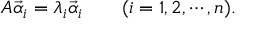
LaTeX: A { \vec { \alpha } } _ { i } = \lambda _ { i } { \vec { \alpha } } _ { i } \qquad ( i = 1 , 2 , \cdots , n ) .